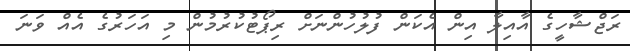
ރަޖްޝާހީގެ އާއިލާ އިން އެކަން ފުލުހުންނަށް ރިޕޯޓުކުރުމުން މި އަހަރުގެ އެއް ވަނަ